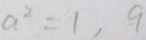
a ^ { 2 } = 1 , 9